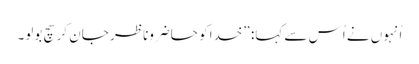
‏ اُنہوں نے اُس سے کہا:‏ ”‏خدا کو حاضروناظر جان کر سچ بولو۔